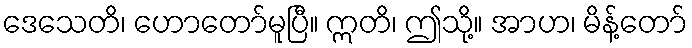
ဒေသေတိ၊ ဟောတော်မူပြီ။ ဣတိ၊ ဤသို့။ အာဟ၊ မိန့်တော်